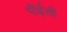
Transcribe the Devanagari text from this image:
पीईली